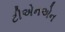
ટીએનએન